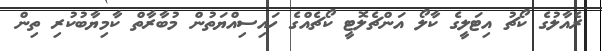
ރެއާލުގެ ކޯޗު އިޓަލީގެ ކާލޯ އަންޗެލޮޓީ ކޯޗެއްގެ ހައިސިއްޔަތުން މުބާރާތް ކާމިޔާބުކުރި ތިން